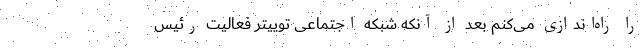
را راه‌اندازی می‌کنم بعد از آنکه شبکه اجتماعی توییتر فعالیت رئیس